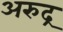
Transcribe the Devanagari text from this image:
अरुद्र